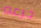
جرعه